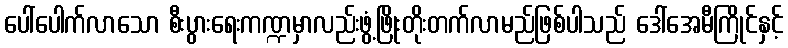
ပေါ်ပေါက်လာသော စီးပွားရေးကဏ္ဍမှာလည်းဖွံ့ဖြိုးတိုးတက်လာမည်ဖြစ်ပါသည် ဒေါ်အေမီကြိုင်နှင့်